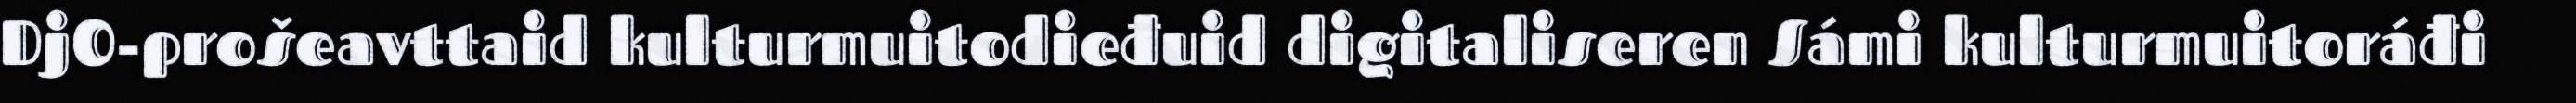
DjO-prošeavttaid kulturmuitodieđuid digitaliseren Sámi kulturmuitoráđi